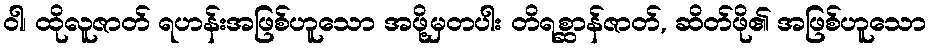
ဝါ၊ ထိုလူဇာတ် ရဟန်းအဖြစ်ဟူသော အဖို့မှတပါး တိရစ္ဆာန်ဇာတ်, ဆိတ်ဖို၏ အဖြစ်ဟူသော